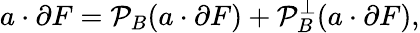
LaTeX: a\cdot\partial F={\mathcal{P}}_{B}(a\cdot\partial F)+{\mathcal{P}}_{B}^{\perp}(a\cdot\partial F),